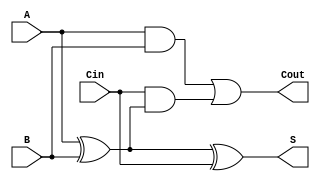
module TransmissionGateFullAdder (
    input wire A,     // First input bit
    input wire B,     // Second input bit
    input wire Cin,   // Carry input bit
    output wire S,    // Sum output bit
    output wire Cout   // Carry output bit
);

// Intermediate signals
wire AB;           // A AND B
wire A_xor_B;     // A XOR B
wire Cin_and_A_xor_B; // Cin AND (A XOR B)

// Calculate A XOR B
assign A_xor_B = A ^ B;

// Calculate Sum S = A XOR B XOR Cin
assign S = A_xor_B ^ Cin;

// Calculate Carry Cout = (A AND B) OR (Cin AND (A XOR B))
assign AB = A & B; // A AND B
assign Cin_and_A_xor_B = Cin & A_xor_B; // Cin AND (A XOR B)
assign Cout = AB | Cin_and_A_xor_B; // Final Carry Output

endmodule